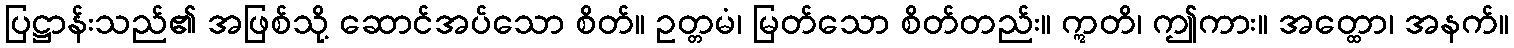
ပြဋ္ဌာန်းသည်၏ အဖြစ်သို့ ဆောင်အပ်သော စိတ်။ ဥတ္တမံ၊ မြတ်သော စိတ်တည်း။ ဣတိ၊ ဤကား။ အတ္ထော၊ အနက်။